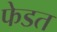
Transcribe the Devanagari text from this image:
फेडत